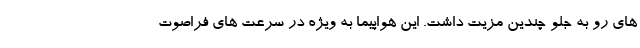
های رو به جلو چندین مزیت داشت. این هواپیما به ویژه در سرعت های فراصوت